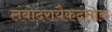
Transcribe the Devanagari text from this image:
लंबोदरायैकदंताय